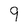
Character: 9